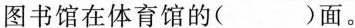
图书馆在体育馆的()面。